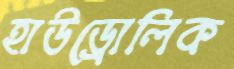
হাউড্রোলিক